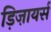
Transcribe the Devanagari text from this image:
ड़िज़ायर्स